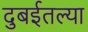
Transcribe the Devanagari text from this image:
दुबईतल्या